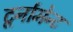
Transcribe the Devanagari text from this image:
टूर्नामेन्‍ट